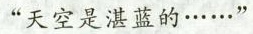
“天空是湛蓝的……”